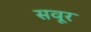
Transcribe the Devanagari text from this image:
सवूर